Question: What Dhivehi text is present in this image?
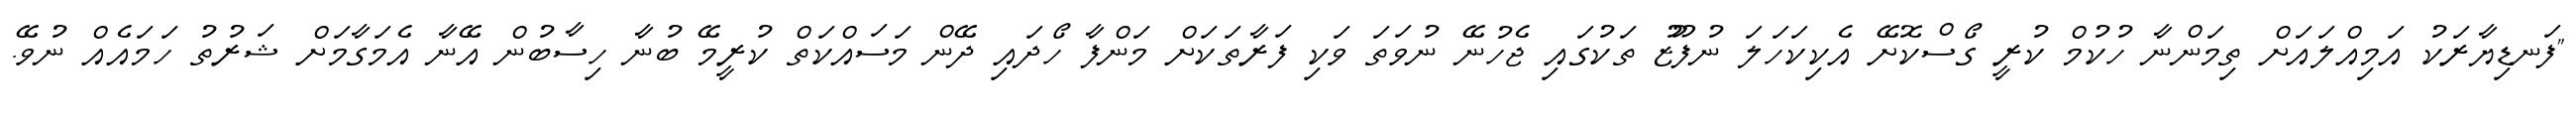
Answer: "ފަނޑިޔާރަކު އަމިއްލައަށް ތިމަންނާ ހުކުމް ކުރީ ގޯސްކޮށޭ އެކިކަހަލަ ނުފޫޒު ތަކުގައި ޖެހުނޭ ނުވަތަ ވަކި ފަރާތަކަށް މަންފާ ހޯދައި ދޭން މަސައްކަތް ކުރީމޭ ބުނާ ހިސާބުން އޭނާ އެމަގާމަށް ޝަރުތު ހަމައެއް ނުވޭ.